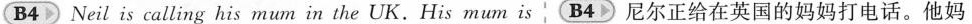
B4 Neil is calling his mum in the UK. His mum is B4 尼尔正给在英国的妈妈打电话。他妈